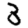
Digit: 3